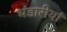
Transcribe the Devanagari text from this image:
भंडारीयां